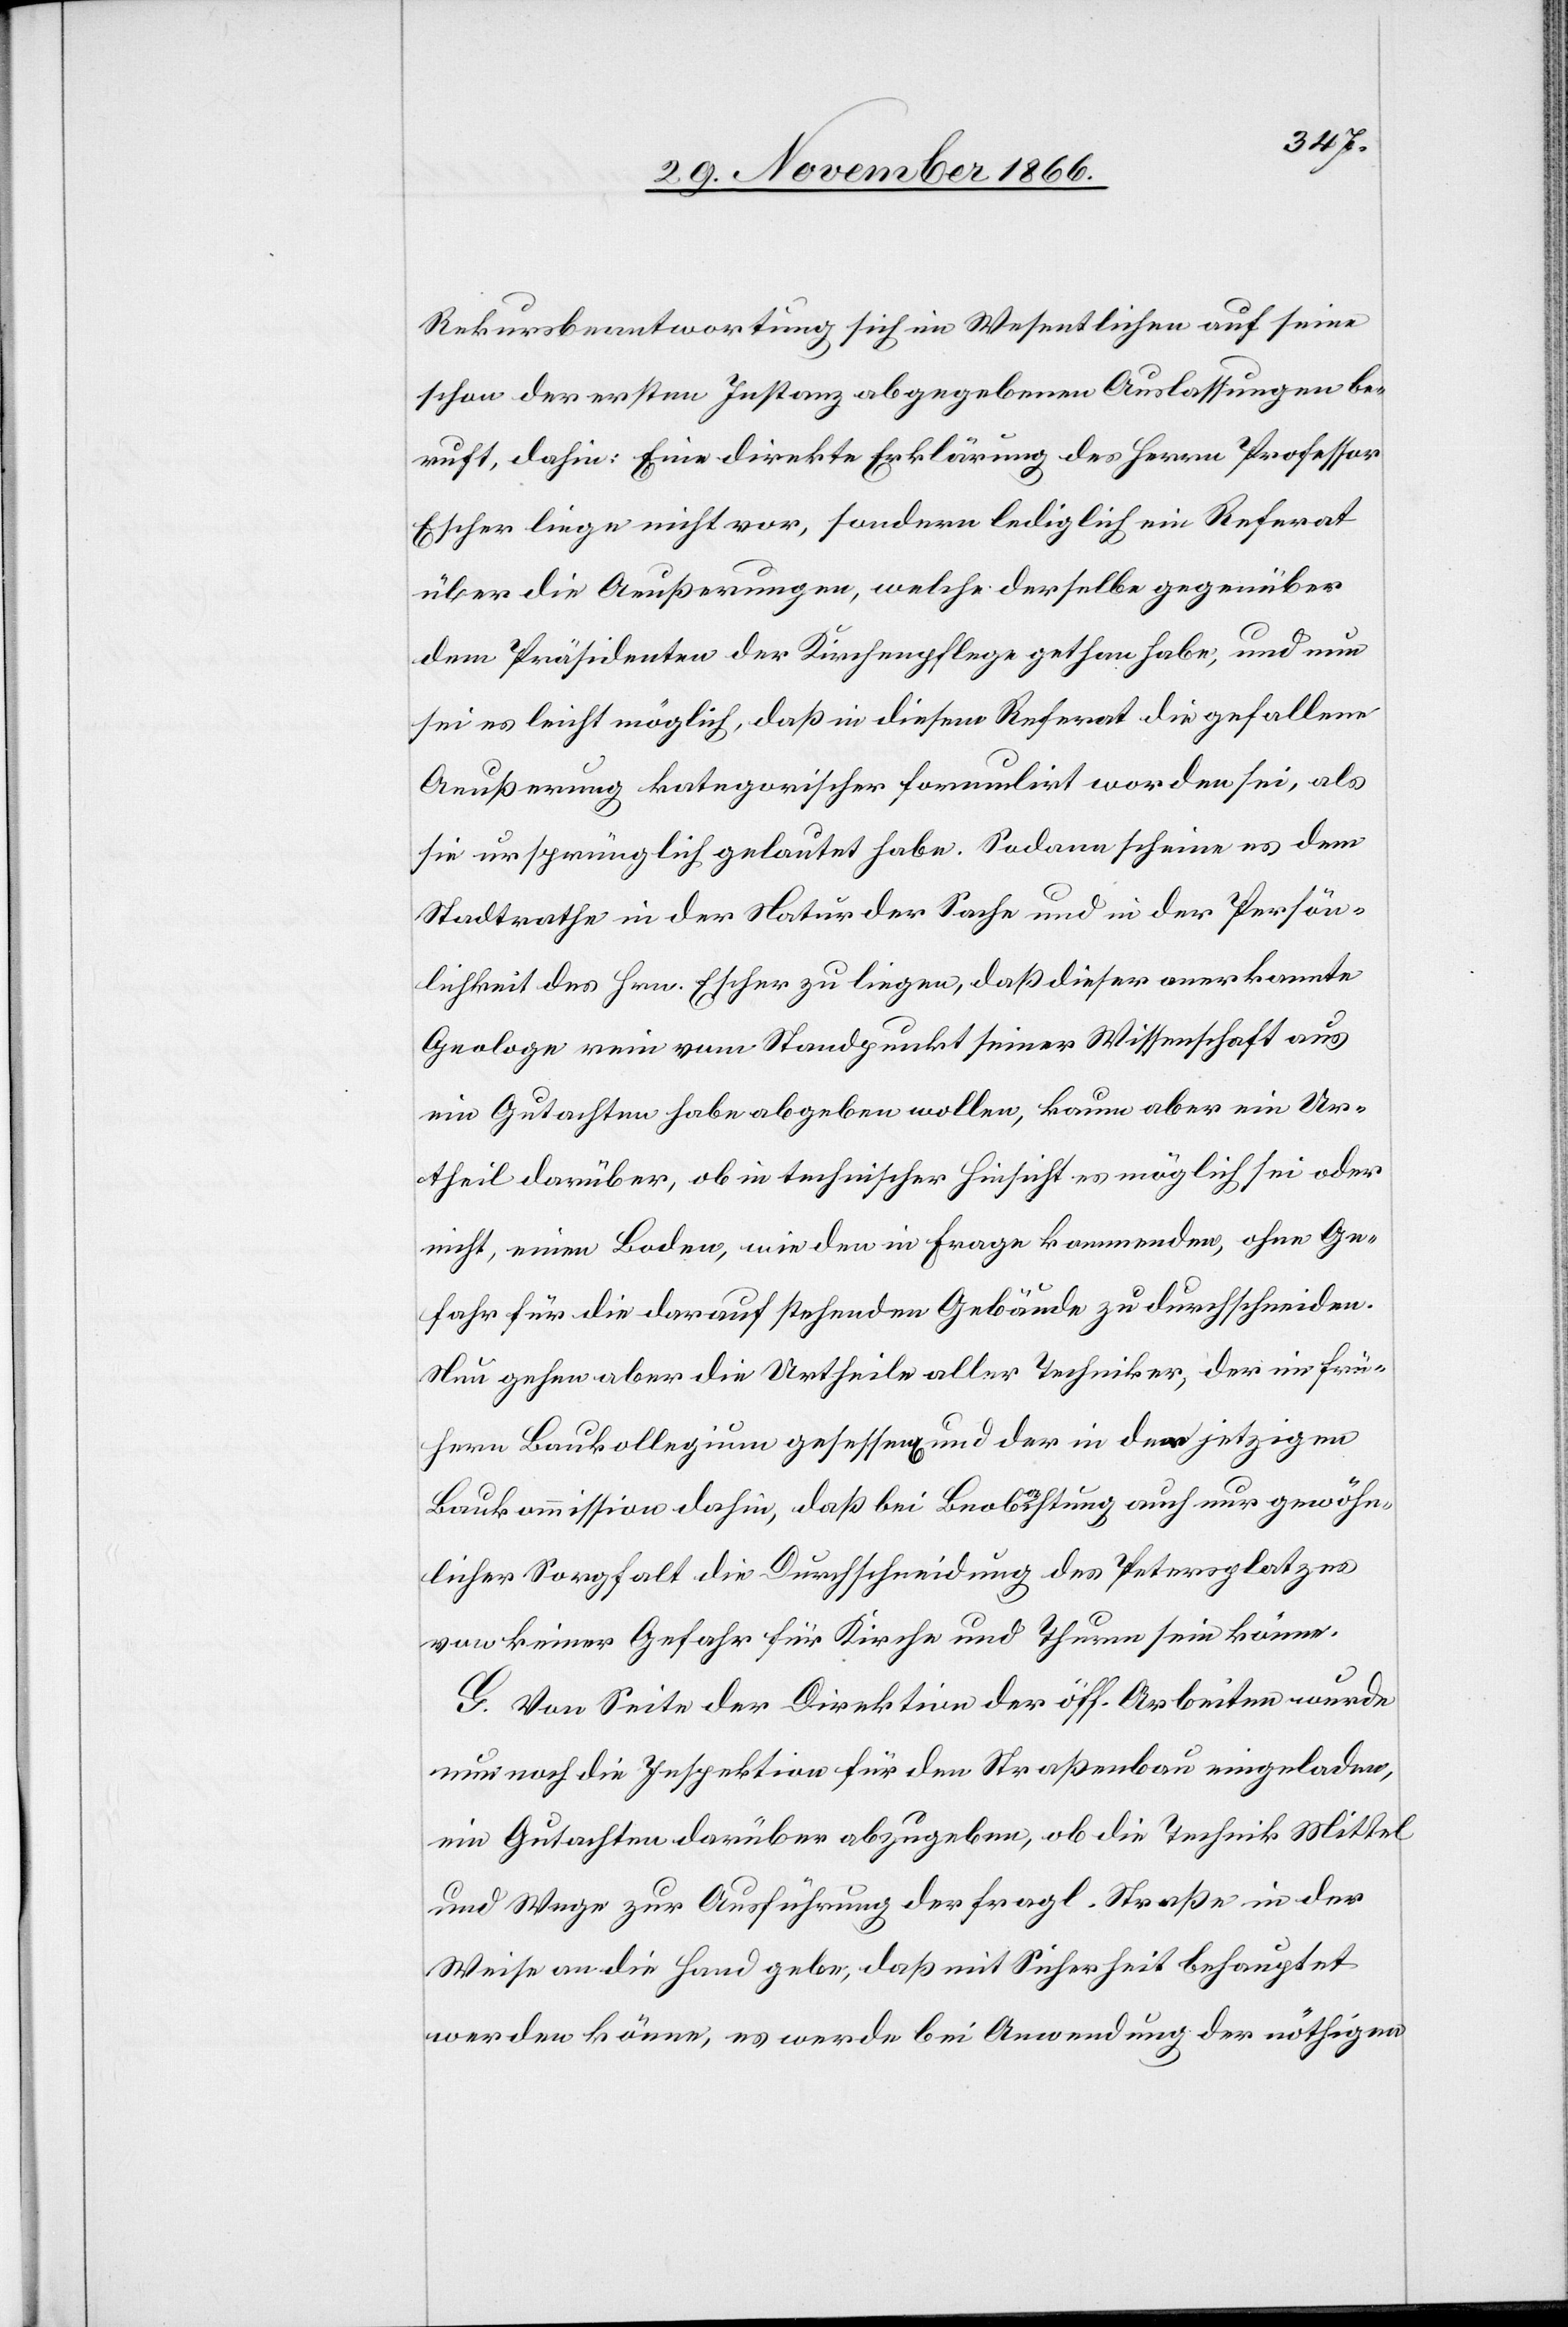
Rekursbeantwortung sich im Wesentlichen auf seine
schon der ersten Instanz abgegebenen Auslassungen be¬
ruft, dahin: Eine direkte Erklärung des Herrn Professor
Escher liege nicht vor, sondern lediglich ein Referat
über die Aeußerungen, welche derselbe gegenüber
dem Präsidenten der Kirchenpflege gethan habe; und nun
sei es leicht möglich, daß in diesem Referat die gefallene
Aeußerung kategorischer formulirt worden sei, als
sie ursprünglich gelautet habe. Sodann scheine es dem
Stadtrathe in der Natur der Sache und in der Persön¬
lichkeit des Hrn. Escher zu liegen, daß dieser anerkannte
Geologe rein vom Standpunkt seiner Wissenschaft aus
ein Gutachten habe abgeben wollen, kaum aber ein Ur¬
theil darüber, ob in technischer Hinsicht es möglich sei oder
nicht, einen Boden, wie den in Frage kommenden, ohne Ge¬
fahr für die darauf stehenden Gebäude zu durchschneiden.
Nun gehen aber die Urtheile aller Techniker, der im frü¬
hern Baukollegium gesessen[en] und der in der jetzigen
Baukommission dahin, daß bei Beobachtung auch nur gewöhn¬
licher Sorgfalt die Durchschneidung des Petersplatzes
von keiner Gefahr für Kirche und Thurm sein könne.
G. Von Seite der Direktion der öff. Arbeiten wurde
nun noch die Inspektion für den Straßenbau eingeladen,
ein Gutachten darüber abzugeben, ob die Technik Mittel
und Wege zur Ausführung der fragl. Straße in der
Weise an die Hand gebe, daß mit Sicherheit behauptet
werden könne, es werde bei Anwendung der nöthigen